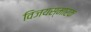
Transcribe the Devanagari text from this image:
विजयस्मारक